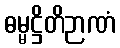
ဓမ္မဋ္ဌိတိဉာဏံ